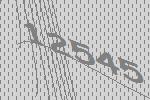
12545